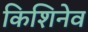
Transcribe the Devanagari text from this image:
किशिनेव